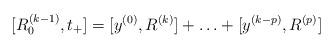
LaTeX: \begin{align*}[R^{(k-1)}_0,t_+]=[y^{(0)},R^{(k)}]+ \ldots + [y^{(k-p)},R^{(p)}]\end{align*}